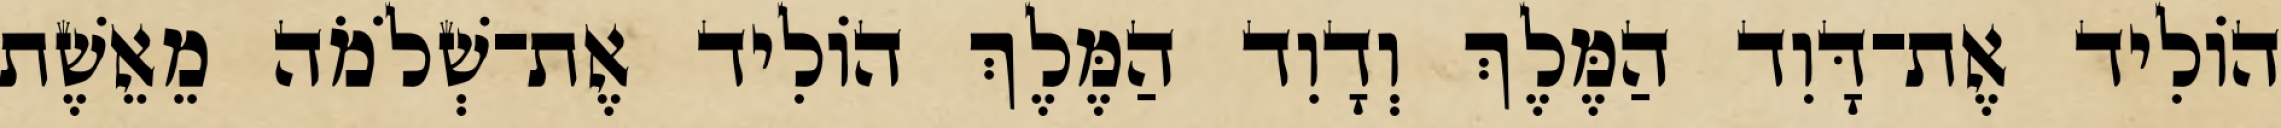
הוֹלִיד אֶת־דָּוִד הַמֶּלֶךְ וְדָוִד הַמֶּלֶךְ הוֹלִיד אֶת־שְׁלֹמֹה מֵאֵשֶׁת